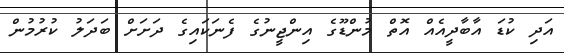
އަދި ކުޑަ އާބާދީއެއް އޮތް މުންޑޫގެ އިންޖީނުގެ ފެނަކައިގެ ދަށަށް ބަދަލު ކުރުމުން